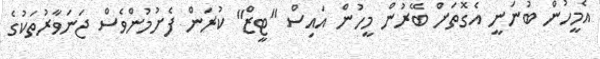
އެމީހުން ބުނަނީ އެގޮތަށް ބޭރުން މީހުން އައިސް "ޓީޒް" ކުރަން ފެށުމުންވެސް ޖަނަވާރުތަކުގެ